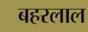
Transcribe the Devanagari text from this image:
बहरलाल